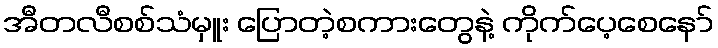
အီတလီစစ်သံမှူး ပြောတဲ့စကားတွေနဲ့ ကိုက်ပေ့စေနော်